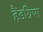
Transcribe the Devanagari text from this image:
हैंडग्रिप्स